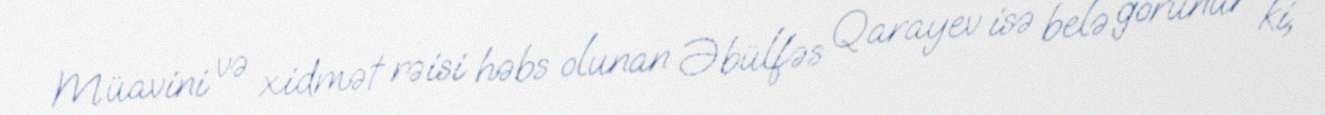
Müavini və xidmət rəisi həbs olunan Əbülfəs Qarayev isə belə görünür ki,